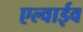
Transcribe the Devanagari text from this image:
एल्वाईव